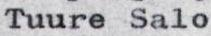
Tuure Salo